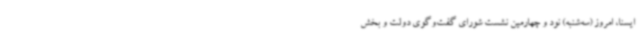
ایسنا، امروز (سه‌شنبه) نود و چهارمین نشست شورای گفت‌وگوی دولت و بخش